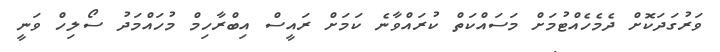
ވަރުގަދަކޮށް ދެމެހެއްޓުމަށް މަސައްކަތް ކުރައްވާނެ ކަމަށް ރައީސް އިބްރާހިމް މުހައްމަދު ސޯލިހް ވަނީ